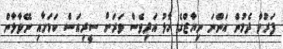
ފަރުވާ ދެމުން އަންނަ ނިޔާޒްގެ ހާލު އަދިވެސް ވަރަށް ސީރިއަސް ކަމަށާއި ނޭވާލާން